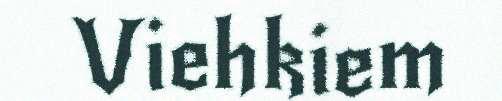
Viehkiem